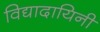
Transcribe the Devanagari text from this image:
विद्यादायिनी